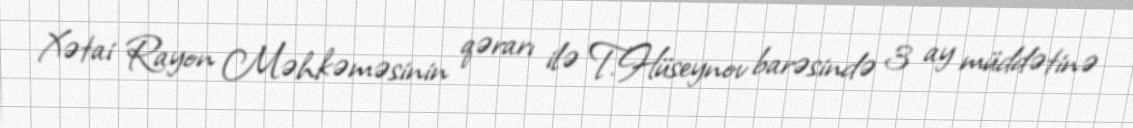
Xətai Rayon Məhkəməsinin qərarı ilə T.Hüseynov barəsində 3 ay müddətinə